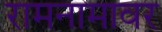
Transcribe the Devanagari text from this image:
रामनामावर